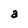
Character: a